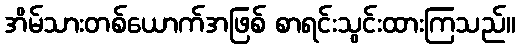
အိမ်သားတစ်ယောက်အဖြစ် စာရင်းသွင်းထားကြသည်။